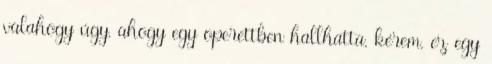
valahogy úgy, ahogy egy operettben hallhatta, kérem, ez egy